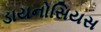
ડાયનોસિયસ